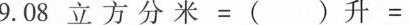
$$9.08立方分米 = ()升 =$$